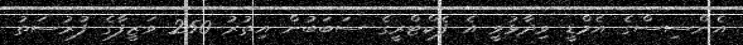
އެންސިސްގެ އެމްޑީ ވިދާޅުވީ އެ ފެކްޓްރީގެ ސަބަބުން އިތުރު 250 ވަޒީފާގެ ފުރުސަތު